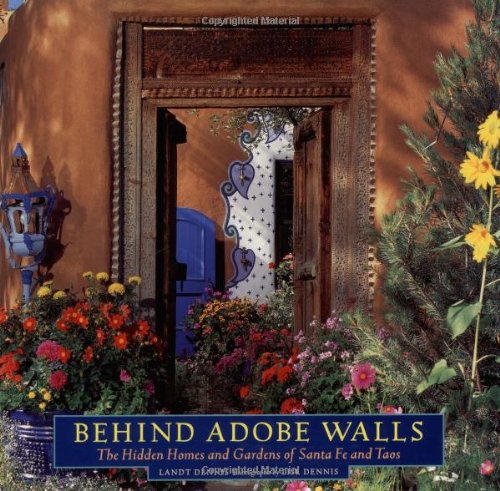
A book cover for Behind Adobe Walls: The Hidden Homes and Gardens of Santa Fe and Taos; Landt Dennis; Arts & Photography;